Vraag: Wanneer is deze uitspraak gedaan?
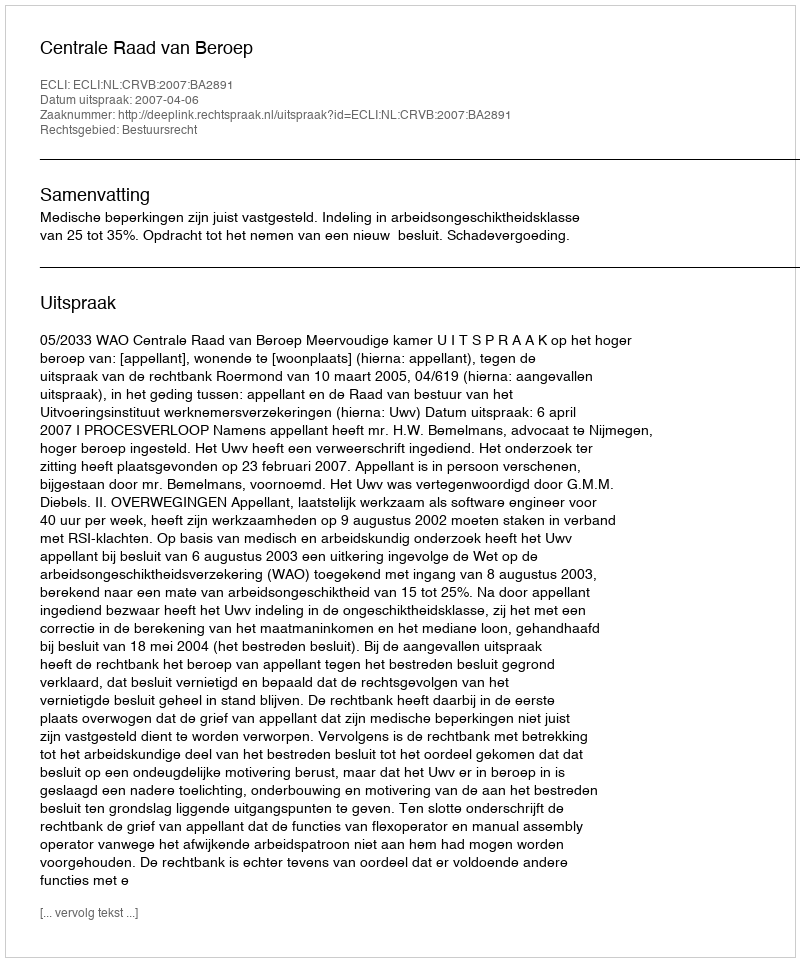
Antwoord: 2007-04-06